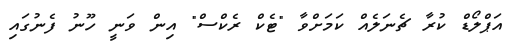
އަޕްލޯޑް ކުރާ ޗެނަލެއް ކަމަށްވާ "ޓެކް ރެކްސް" އިން ވަނީ ހޫނު ފެނުގައި